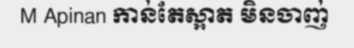
M Apinan កាន់តែស្អាត មិនចាញ់